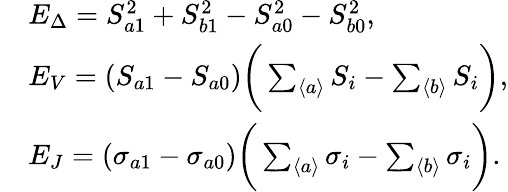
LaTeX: \begin{array}{rl}&{E_{\Delta}=S_{a1}^{2}+S_{b1}^{2}-S_{a0}^{2}-S_{b0}^{2},}\\ &{E_{V}=(S_{a1}-S_{a0})\bigg(\sum_{\langle a\rangle}S_{i}-\sum_{\langle b\rangle}S_{i}\bigg),}\\ &{E_{J}=(\sigma_{a1}-\sigma_{a0})\bigg(\sum_{\langle a\rangle}\sigma_{i}-\sum_{\langle b\rangle}\sigma_{i}\bigg).}\end{array}